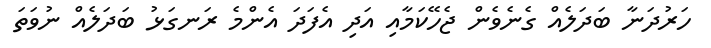
ހަރުދަނާ ބަދަލެއް ގެނެވެން ޖެހޭކަމާއި އަދި އެފަދަ އެންމެ ރަނގަޅު ބަދަލެއް ނުވަތަ